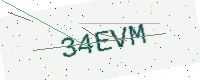
Text: 34EVM